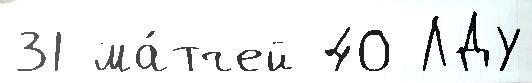
31 ма́тчей 40 ЛДУ